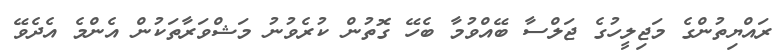
ރައްޔިތުންގެ މަޖިލީހުގެ ޖަލްސާ ބޭއްވުމާ ބެހޭ ގޮތުން ކުރެވުނު މަޝްވަރާތަކުން އެންމެ އެދެވޭ